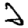
Digit: 2